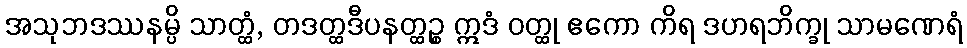
အသုဘဒဿနမ္ပိ သာတ္ထံ, တဒတ္ထဒီပနတ္ထဉ္စ ဣဒံ ဝတ္ထု ဧကော ကိရ ဒဟရဘိက္ခု သာမဏေရံ